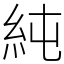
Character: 純